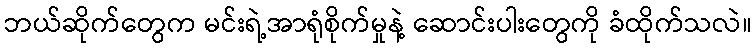
ဘယ်ဆိုက်တွေက မင်းရဲ့အာရုံစိုက်မှုနဲ့ ဆောင်းပါးတွေကို ခံထိုက်သလဲ။